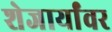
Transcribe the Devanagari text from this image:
शेजार्यांवर